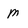
Character: M